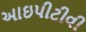
આઇપીટીવી